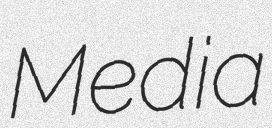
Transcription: Media